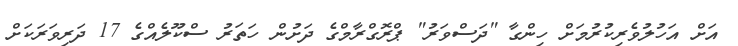
އަށް އަހުލުވެރިކުރުމަށް ހިންގާ "ދަސްވަރު" ޕްރޮގްރާމްގެ ދަށުން ހަތަރު ސްކޫލެއްގެ 17 ދަރިވަރަކަށް